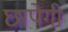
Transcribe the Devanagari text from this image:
छापेगी